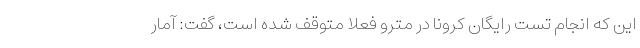
این که انجام تست رایگان کرونا در مترو فعلاً متوقف شده است، گفت: آمار